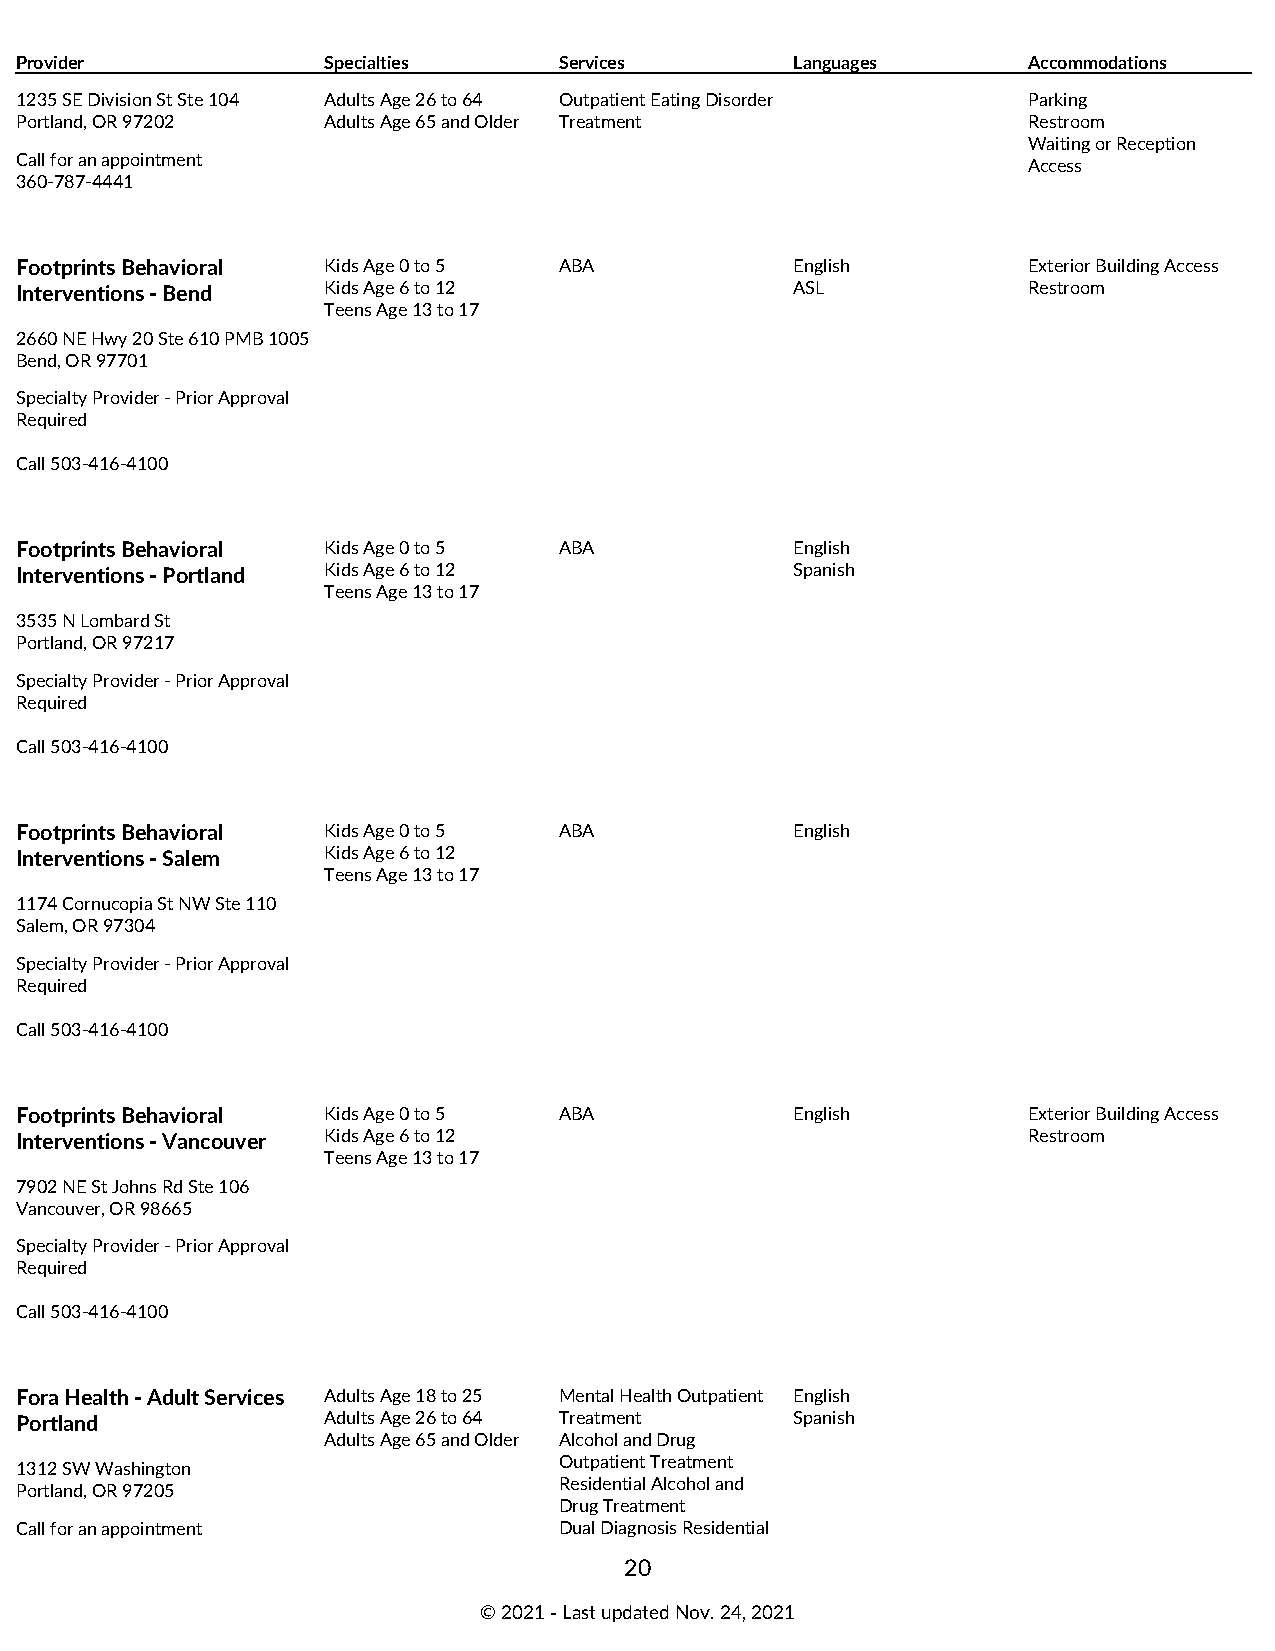
Provider            Specialties     Services        Languages      Accommodations
 1235 SE Division St Ste 104 Adults Age 26 to 64 Outpatient Eating Disorder Parking
 Portland, OR 97202  Adults Age 65 and Older Treatment              Restroom
 Waiting or Reception
 Call for an appointment
 Access
 360-787-4441
 Footprints Behavioral Kids Age 0 to 5 ABA           English        Exterior Building Access
 Interventions - Bend Kids Age 6 to 12               ASL            Restroom
 Teens Age 13 to 17
 2660 NE Hwy 20 Ste 610 PMB 1005
 Bend, OR 97701
 Specialty Provider - Prior Approval
 Required
 Call 503-416-4100
 Footprints Behavioral Kids Age 0 to 5 ABA           English
 Interventions - Portland Kids Age 6 to 12           Spanish
 Teens Age 13 to 17
 3535 N Lombard St
 Portland, OR 97217
 Specialty Provider - Prior Approval
 Required
 Call 503-416-4100
 Footprints Behavioral Kids Age 0 to 5 ABA           English
 Interventions - Salem Kids Age 6 to 12
 Teens Age 13 to 17
 1174 Cornucopia St NW Ste 110
 Salem, OR 97304
 Specialty Provider - Prior Approval
 Required
 Call 503-416-4100
 Footprints Behavioral Kids Age 0 to 5 ABA           English        Exterior Building Access
 Interventions - Vancouver Kids Age 6 to 12                         Restroom
 Teens Age 13 to 17
 7902 NE St Johns Rd Ste 106
 Vancouver, OR 98665
 Specialty Provider - Prior Approval
 Required
 Call 503-416-4100
 Fora Health - Adult Services Adults Age 18 to 25 Mental Health Outpatient English
 Portland            Adults Age 26 to 64 Treatment   Spanish
 Adults Age 65 and Older Alcohol and Drug
 Outpatient Treatment
 1312 SW Washington
 Residential Alcohol and
 Portland, OR 97205
 Drug Treatment
 Call for an appointment             Dual Diagnosis Residential
 20
 © 2021 ‑ Last updated Nov. 24, 2021